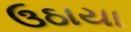
ઉઠાયા